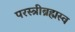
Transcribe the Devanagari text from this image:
परस्त्रीब्रह्मस्व